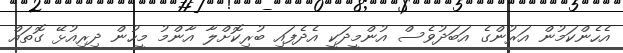
އެހެންކަމުން އަރުންގެ އަބަދުވެސް އުންމީދަކީ އެދެފައި ބުރިކޮށްލާ އާންމު މީހުން ދިރިއުޅޭ ގޮތައް